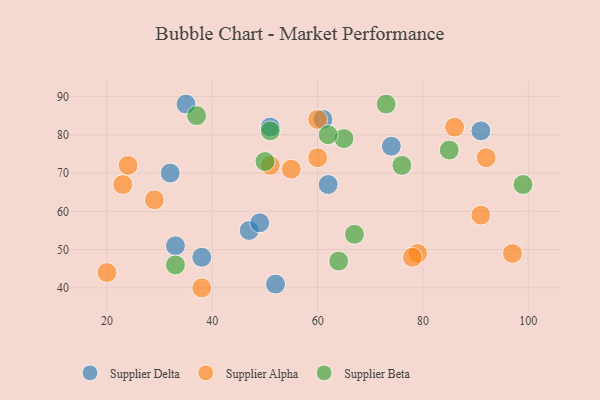
{"axis": {"x": "GDP", "y": "Life Expectancy"}, "legend": ["Supplier Alpha", "Supplier Beta", "Supplier Delta"], "data": [{"x": "47", "y": 55, "type": "Supplier Delta"}, {"x": "51", "y": 82, "type": "Supplier Delta"}, {"x": "38", "y": 48, "type": "Supplier Delta"}, {"x": "52", "y": 41, "type": "Supplier Delta"}, {"x": "61", "y": 84, "type": "Supplier Delta"}, {"x": "35", "y": 88, "type": "Supplier Delta"}, {"x": "49", "y": 57, "type": "Supplier Delta"}, {"x": "33", "y": 51, "type": "Supplier Delta"}, {"x": "91", "y": 81, "type": "Supplier Delta"}, {"x": "74", "y": 77, "type": "Supplier Delta"}, {"x": "62", "y": 67, "type": "Supplier Delta"}, {"x": "32", "y": 70, "type": "Supplier Delta"}, {"x": "86", "y": 82, "type": "Supplier Alpha"}, {"x": "38", "y": 40, "type": "Supplier Alpha"}, {"x": "60", "y": 84, "type": "Supplier Alpha"}, {"x": "60", "y": 74, "type": "Supplier Alpha"}, {"x": "91", "y": 59, "type": "Supplier Alpha"}, {"x": "79", "y": 49, "type": "Supplier Alpha"}, {"x": "20", "y": 44, "type": "Supplier Alpha"}, {"x": "78", "y": 48, "type": "Supplier Alpha"}, {"x": "55", "y": 71, "type": "Supplier Alpha"}, {"x": "24", "y": 72, "type": "Supplier Alpha"}, {"x": "23", "y": 67, "type": "Supplier Alpha"}, {"x": "29", "y": 63, "type": "Supplier Alpha"}, {"x": "92", "y": 74, "type": "Supplier Alpha"}, {"x": "51", "y": 72, "type": "Supplier Alpha"}, {"x": "97", "y": 49, "type": "Supplier Alpha"}, {"x": "50", "y": 73, "type": "Supplier Beta"}, {"x": "65", "y": 79, "type": "Supplier Beta"}, {"x": "64", "y": 47, "type": "Supplier Beta"}, {"x": "99", "y": 67, "type": "Supplier Beta"}, {"x": "73", "y": 88, "type": "Supplier Beta"}, {"x": "76", "y": 72, "type": "Supplier Beta"}, {"x": "62", "y": 80, "type": "Supplier Beta"}, {"x": "67", "y": 54, "type": "Supplier Beta"}, {"x": "33", "y": 46, "type": "Supplier Beta"}, {"x": "37", "y": 85, "type": "Supplier Beta"}, {"x": "85", "y": 76, "type": "Supplier Beta"}, {"x": "51", "y": 81, "type": "Supplier Beta"}]}